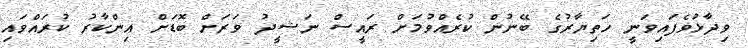
ވިދާޅުވެފައިވަނީ ހަތިޔާރުގެ ބޭނުން ކުރެއްވުމަށް ރައީސް ނަޝީދު ވަރަށް ބޮޑަށް އިންކާރު ކުރައްވައި